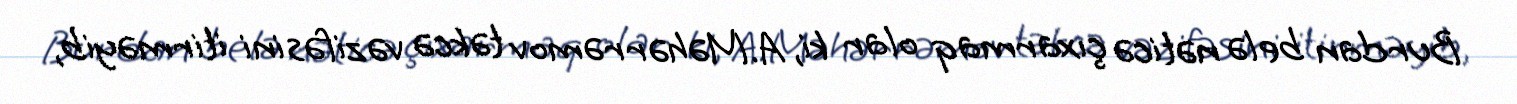
Burdan belə nəticə çıxarmaq olar ki, A.Məhərrəmov təkcə vəzifəsini itirməyib,